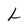
Character: L